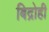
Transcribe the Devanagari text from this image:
बिद्रोही